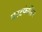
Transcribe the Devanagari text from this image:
वेस्टफेलिय